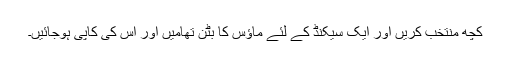
کچھ منتخب کریں اور ایک سیکنڈ کے لئے ماؤس کا بٹن تھامیں اور اس کی کاپی ہوجائیں۔